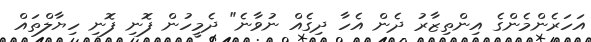
އަހަރެންމެންގެ އިންތިޒާރު ދެން އެހާ ދިގެއް ނުވާނެ" ދެމީހުން ފޮނި ފޮނި ހިޔާލްތައް